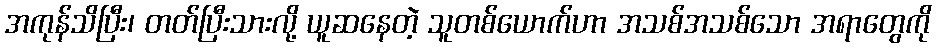
အကုန်သိပြီး၊ တတ်ပြီးသားလို့ ယူဆနေတဲ့ သူတစ်ယောက်ဟာ အသစ်အသစ်သော အရာတွေကို